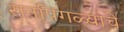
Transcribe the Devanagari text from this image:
रानपिंगळ्याचे